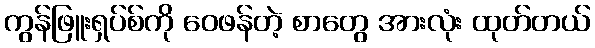
ကွန်ဖြူးရှပ်စ်ကို ဝေဖန်တဲ့ စာတွေ အားလုံး ထုတ်တယ်